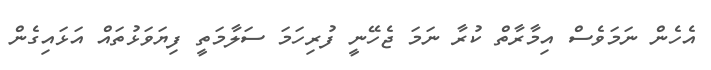
އެހެން ނަމަވެސް އިމާރާތް ކުރާ ނަމަ ޖެހޭނީ ފުރިހަމަ ސަލާމަތީ ފިޔަވަޅުތައް އަޅައިގެން